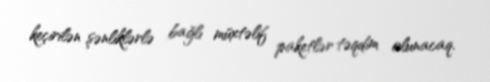
keçirilən şənliklərlə bağlı müxtəlif paketlər təqdim olunacaq.